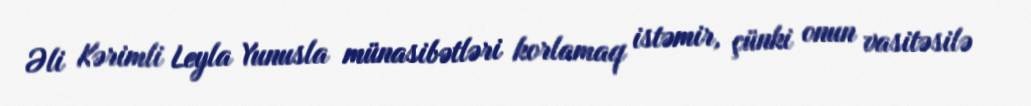
Əli Kərimli Leyla Yunusla münasibətləri korlamaq istəmir, çünki onun vasitəsilə